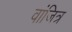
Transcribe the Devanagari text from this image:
वांजित्र